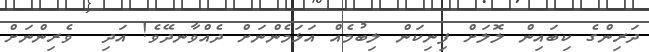
ދަރިންގެ ކިބައިން ލޮލަށް ފިނިކަން ލިބުމެއް އަޅަމެންނަށް ދެއްވާނދޭވެ! އަދި  ވެރިންނަށް